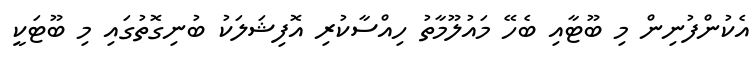
އެކުންފުނިން މި ބޫޓާއި ބެހޭ މައުލޫމާތު ހިއްސާކުރި އޮފިޝަލަކު ބުނިގޮތުގައި މި ބޫޓަކީ